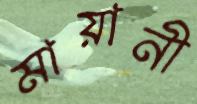
মায়ানী